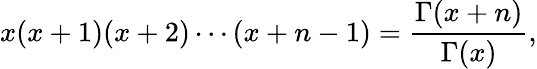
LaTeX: x(x+1)(x+2)\cdots(x+n-1)=\frac{\Gamma(x+n)}{\Gamma(x)},